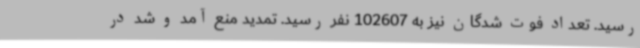
رسید. تعداد فوت شدگان نیز به 102607 نفر رسید. تمدید منع آمد و شد در